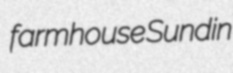
farmhouse Sundin